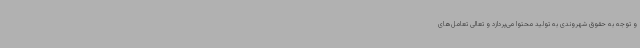
و توجه به حقوق شهروندی به تولید محتوا می‌پردازد و تعالی تعامل‌های